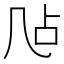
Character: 𪞲